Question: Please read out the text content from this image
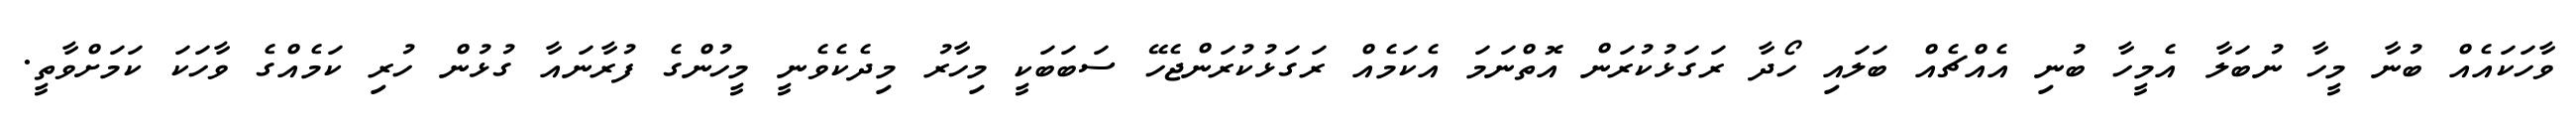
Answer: ވާހަކައެއް ބުނާ މީހާ ނުބަލާ އެމީހާ ބުނި އެއްޗެއް ބަލައި ހޯދާ ރަގަޅުކުރަން އޮތްނަމަ އެކަމެއް ރަގަޅުކުރަންޖެހޭ ސަބަބަކީ މިހާރު މިދެކެވެނީ މީހުންގެ ފުރާނައާ ގުޅުން ހުރި ކަމެއްގެ ވާހަކަ ކަމަށްވާތީ.